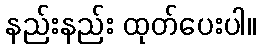
နည်းနည်း ထုတ်ပေးပါ။